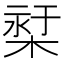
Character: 𣕓